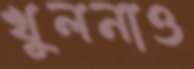
খুলনাও